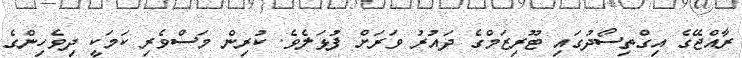
ރާއްޖޭގެ އިގްތިސޯދުގައި ޓޫރިޒަމްގެ ދައުރު ވަރަށް ފުޅަލެވެ. ކުރިން މަސްވެރި ކަމަކީ ދިވެހިންގެ